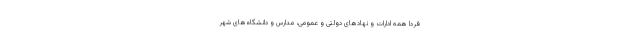
فردا همه ادارات و نهادهای دولتی و عمومی، مدارس و دانشگاه‌های شهر